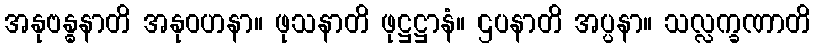
အနုဗန္ဓနာတိ အနုဝဟနာ။ ဖုသနာတိ ဖုဋ္ဌဋ္ဌာနံ။ ဌပနာတိ အပ္ပနာ။ သလ္လက္ခဏာတိ